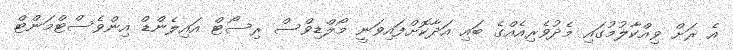
އެ ރަށް ވިއްކާލުމުގައި މެދުވެރިއެއްގެ ބައި އަދާކޮށްފައިވަނީ މޯލްޑިވްސް ރިސޯޓް އައިލެންޑް އިންވެސްޓްމަންޓް